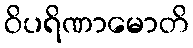
ဝိပရိဏာမောတိ